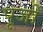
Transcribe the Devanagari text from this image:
पूर्जों